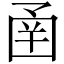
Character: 圅